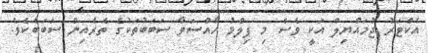
އެކްޓަރު ޖުމައްޔިލް އަކީ ވެސް މި ފިލްމު ހާއްސަވާ ސަބަބުތަކުގެ ތެރެއިން ސަބަބެކެވެ.